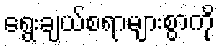
ရွေးချယ်စရာများစွာကို